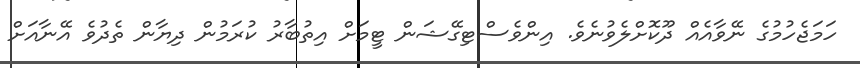
ހަމަޖެހުމުގެ ނޭވާއެއް ދޫކޮށްލެވުނެވެ. އިންވެސްޓިގޭޝަން ޓީމަށް އިތުބާރު ކުރަމުން ދިޔާން ތެދުވެ އޭނާއަށް